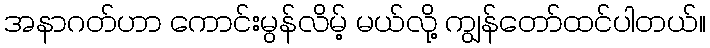
အနာဂတ်ဟာ ကောင်းမွန်လိမ့် မယ်လို့ ကျွန်တော်ထင်ပါတယ်။